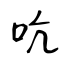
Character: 吭